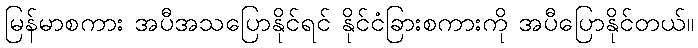
မြန်မာစကား အပီအသပြောနိုင်ရင် နိုင်ငံခြားစကားကို အပီပြောနိုင်တယ်။